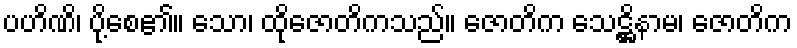
ပဟိဏိ၊ ပို့စေ၏။ သော၊ ထိုဇောတိကသည်။ ဇောတိက သေဋ္ဌိနာမ၊ ဇောတိက